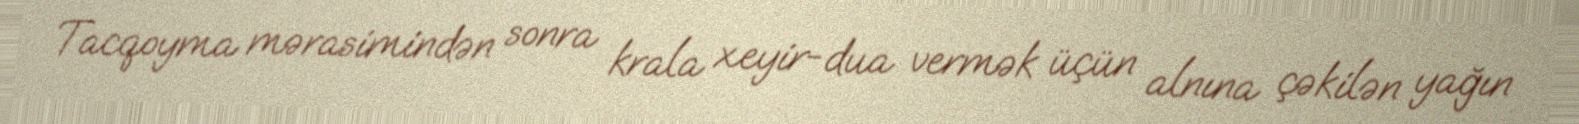
Tacqoyma mərasimindən sonra krala xeyir-dua vermək üçün alnına çəkilən yağın